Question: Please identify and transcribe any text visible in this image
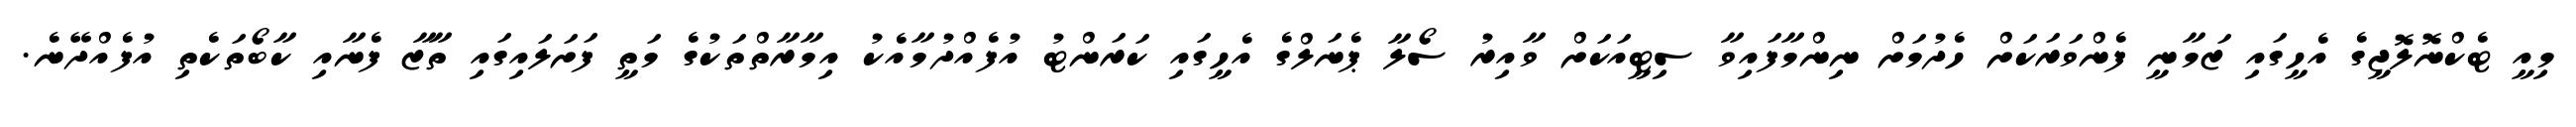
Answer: މިއީ ޓެކްނޮލޮޖީގެ އެހީގައި ޒަމާނީ ފެންވަރަކަށް ހެދުމަށް ނިންމާފައިވާ ސިޓީއަކަށް ވާއިރު ސޯލާ ޕެނަލްގެ އެހީގައި ކަރަންޓު އުފެއްދުމާއެކު އިމާރާތްތަކުގެ މަތީ ފަށަލައިގައި ތާޒާ ފެނާއި ކާބޯތަކެތި އުފެއްދޭނެ.